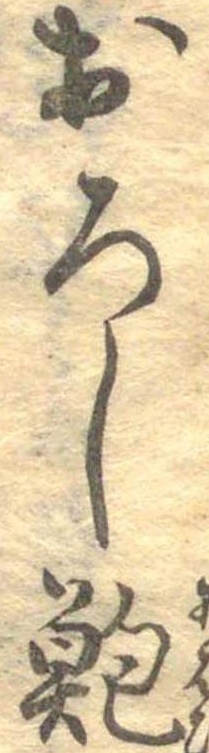
おろし鮑